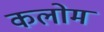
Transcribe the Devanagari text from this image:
कलोम